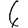
Digit: 6